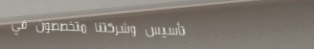
تأسيس وشركتنا متخصصون في